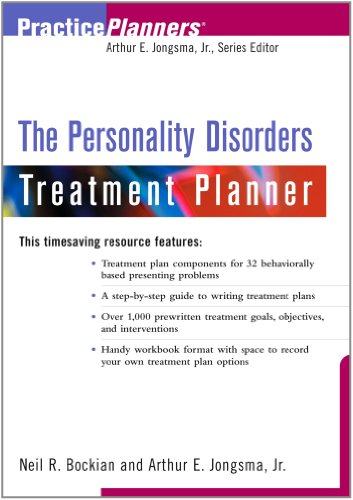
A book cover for The Personality Disorders Treatment Planner; Neil R. Bockian; Health, Fitness & Dieting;